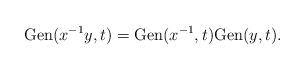
LaTeX: \begin{align*}\mathrm{Gen}(x^{-1}y,t)=\mathrm{Gen}(x^{-1},t)\mathrm{Gen}(y,t).\end{align*}